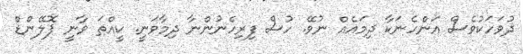
ދުވަހަކުވެސް އަންހެނަކާ ދިމައެއް ނުވޭ. ހުސް ފިރިހެނުންނާ ދިމާވަނީ. ކީއްތަ ވާނީ ޕޮލޭންޑް